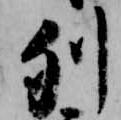
列